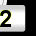
Digit: 2